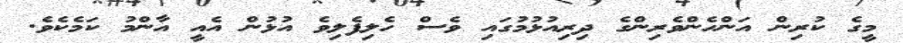
މީގެ ކުރިން އަންހެންވެރިންގެ ދިރިއުޅުމުގައި ވެސް ހެލިފެލިވެ އުޅުން އެއީ އާންމު ކަމެކެވެ.